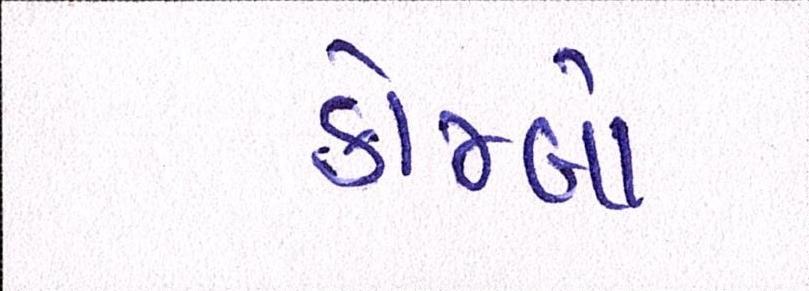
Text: કોમ્બો